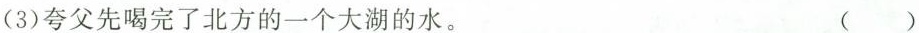
(3)夸父先喝完了北方的一个大湖的水。 ()